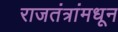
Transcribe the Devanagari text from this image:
राजतंत्रांमधून